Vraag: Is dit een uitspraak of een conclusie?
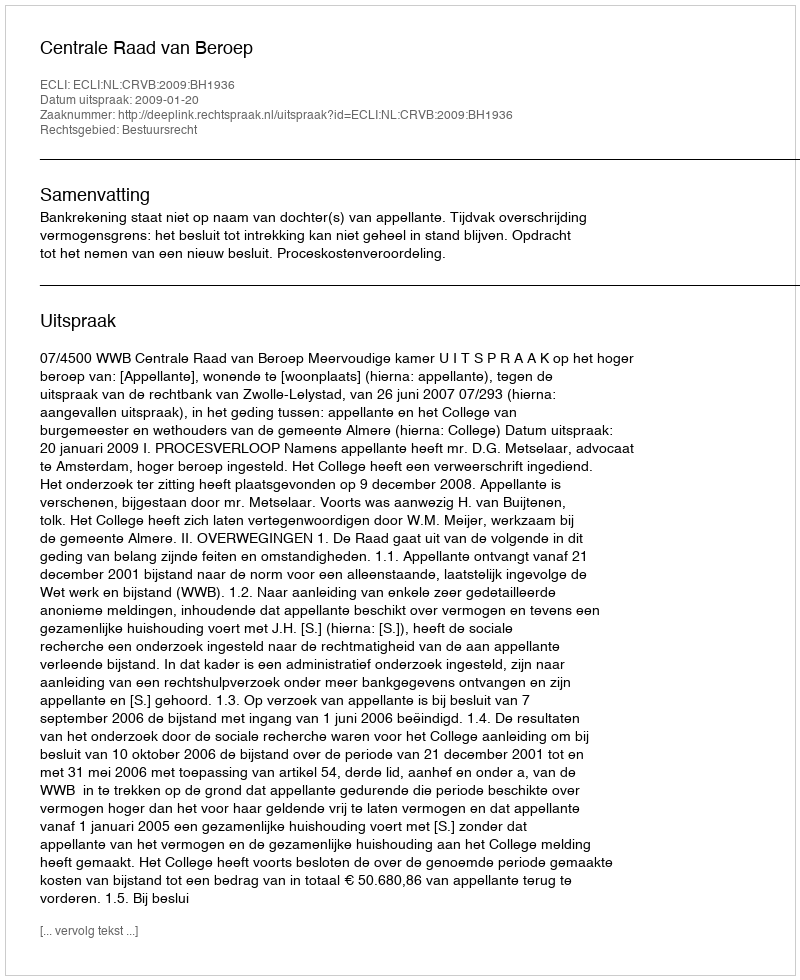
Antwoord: Uitspraak